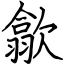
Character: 歙